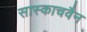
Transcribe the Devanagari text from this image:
सास्काचवैन